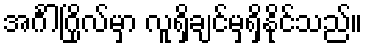
အင်္ဂါဂြိုလ်မှာ လူရှိချင်မှရှိနိုင်သည်။